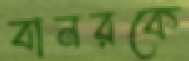
বানরকে